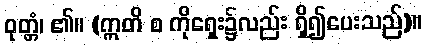
ဝုတ္တံ၊ ၏။ (ဣတိ စ ကိုရှေး၌လည်း ရှိ၍ပေးသည်)။